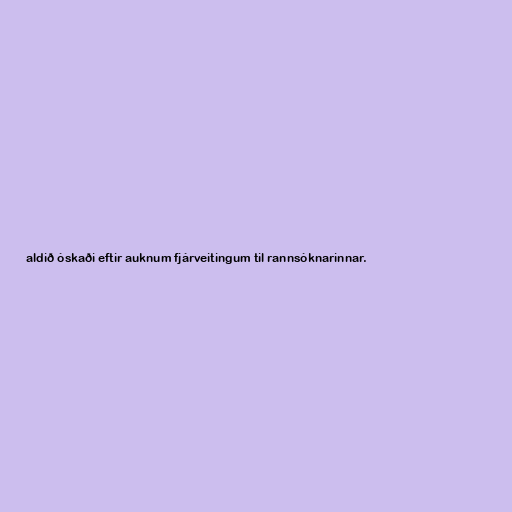
aldið óskaði eftir auknum fjárveitingum til rannsóknarinnar.